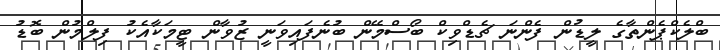
ބްލެކްޕެންތާގެ ލީޑުން ފެންނަ ޗެޑްވިކް ބޯސްމޭން ބުނެފައިވަނީ ޒުވާން ޓީމަކާއެކު ފިލްމުން ބޮޑު